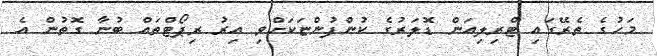
މަހުގެ ތެރޭގައި ޓްރިލިއަން ޑޮލަރުގެ ކުންފުންޏަކަށްވި އިރު ރިޕޯޓްތައް ބުނާ ގޮތުން އެ